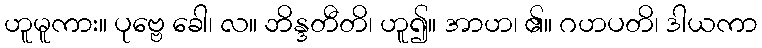
ဟူမူကား။ ပုဗ္ဗေ ခေါ၊ လ။ ဘိန္ဒတီတိ၊ ဟူ၍။ အာဟ၊ ၏။ ဂဟပတိ၊ ဒါယကာ